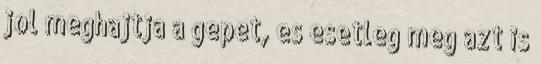
jol meghajtja a gepet, es esetleg meg azt is